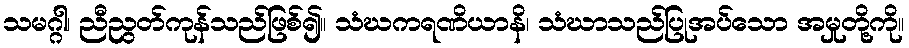
သမဂ္ဂါ၊ ညီညွတ်ကုန်သည်ဖြစ်၍။ သံဃကရဏိယာနိ၊ သံဃာသည်ပြုအပ်သော အမှုတို့ကို။